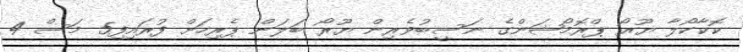
ކޮކާކޯލާ ޔޫރޯ ޕްރޮމޯޝަންގެ ނަސީބުވެރިން ޔޫރޯ ބަލަން ޕެރިހަށް ފުރައިފި5 މަސް 4